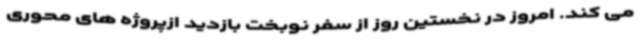
می کند. امروز در نخستین روز از سفر نوبخت بازدید ازپروژه های محوری